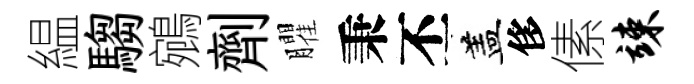
緼騶鵷劑臞秉丕盖侈傃竦